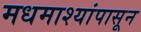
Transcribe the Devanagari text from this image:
मधमाश्यांपासून